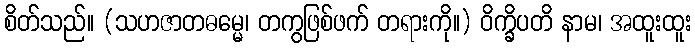
စိတ်သည်။ (သဟဇာတဓမ္မေ၊ တကွဖြစ်ဖက် တရားကို။) ဝိက္ခိပတိ နာမ၊ အထူးထူး